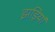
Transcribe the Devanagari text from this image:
झड़ियां